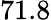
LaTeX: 71.8